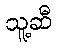
သူ့ဆီ